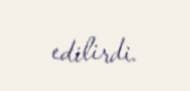
edilirdi.